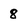
Character: 8